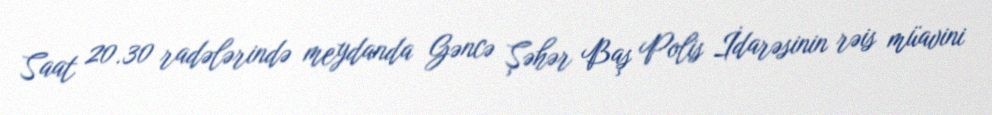
Saat 20.30 radələrində meydanda Gəncə Şəhər Baş Polis İdarəsinin rəis müavini